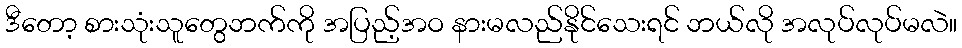
ဒီတော့ စားသုံးသူတွေဘက်ကို အပြည့်အဝ နားမလည်နိုင်သေးရင် ဘယ်လို အလုပ်လုပ်မလဲ။